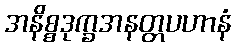
အနိစ္စဒုက္ခအနတ္တပဟာနံ